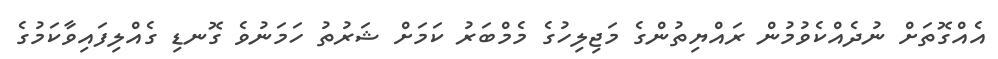
އެއްގޮތަށް ނުދެއްކެވުމުން ރައްޔިތުންގެ މަޖިލިހުގެ މެމްބަރު ކަމަށް ޝަރުތު ހަމަނުވެ ގޮނޑި ގެއްލިފައިވާކަމުގެ